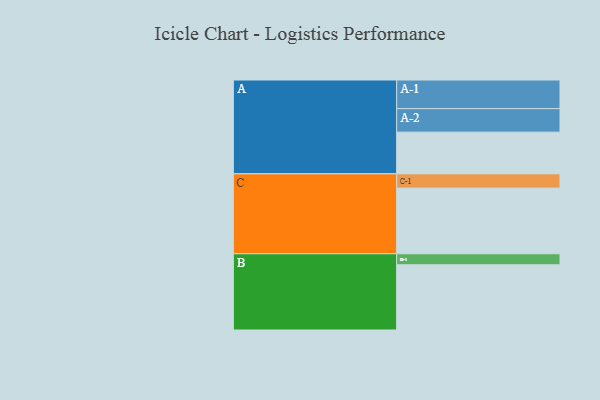
{"axis": {"x": "Segment", "y": "Value"}, "legend": ["", "A", "B", "C"], "data": [{"x": "A", "y": 379, "type": ""}, {"x": "B", "y": 593, "type": ""}, {"x": "C", "y": 597, "type": ""}, {"x": "A-1", "y": 260, "type": "A"}, {"x": "A-2", "y": 214, "type": "A"}, {"x": "B-1", "y": 100, "type": "B"}, {"x": "C-1", "y": 130, "type": "C"}]}